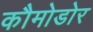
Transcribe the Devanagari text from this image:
कौमोडोर